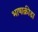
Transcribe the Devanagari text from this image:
भाषाक्रीडा